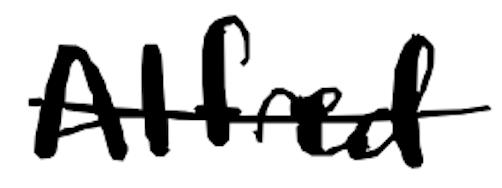
Text: Alfred
Cross-out: single-line
Writing tool: digital_black